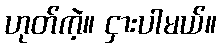
ဟုတ်ကဲ့။ ငှားပါမယ်။